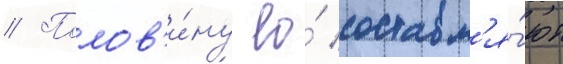
// Полов'и́ну ео́ составл'я́ют